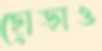
ছোড়াও